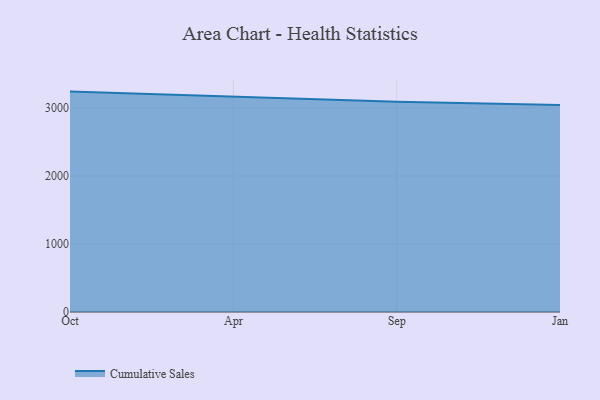
{"axis": {"x": "Month", "y": "Page Views"}, "legend": ["Cumulative Sales"], "data": [{"x": "Oct", "y": 3240.7, "type": "Cumulative Sales"}, {"x": "Apr", "y": 3161.7, "type": "Cumulative Sales"}, {"x": "Sep", "y": 3090.5, "type": "Cumulative Sales"}, {"x": "Jan", "y": 3042.2, "type": "Cumulative Sales"}]}